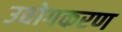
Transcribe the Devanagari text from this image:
उद्योगकरण